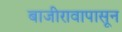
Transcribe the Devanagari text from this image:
बाजीरावापासून